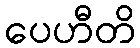
ပေဟီတိ